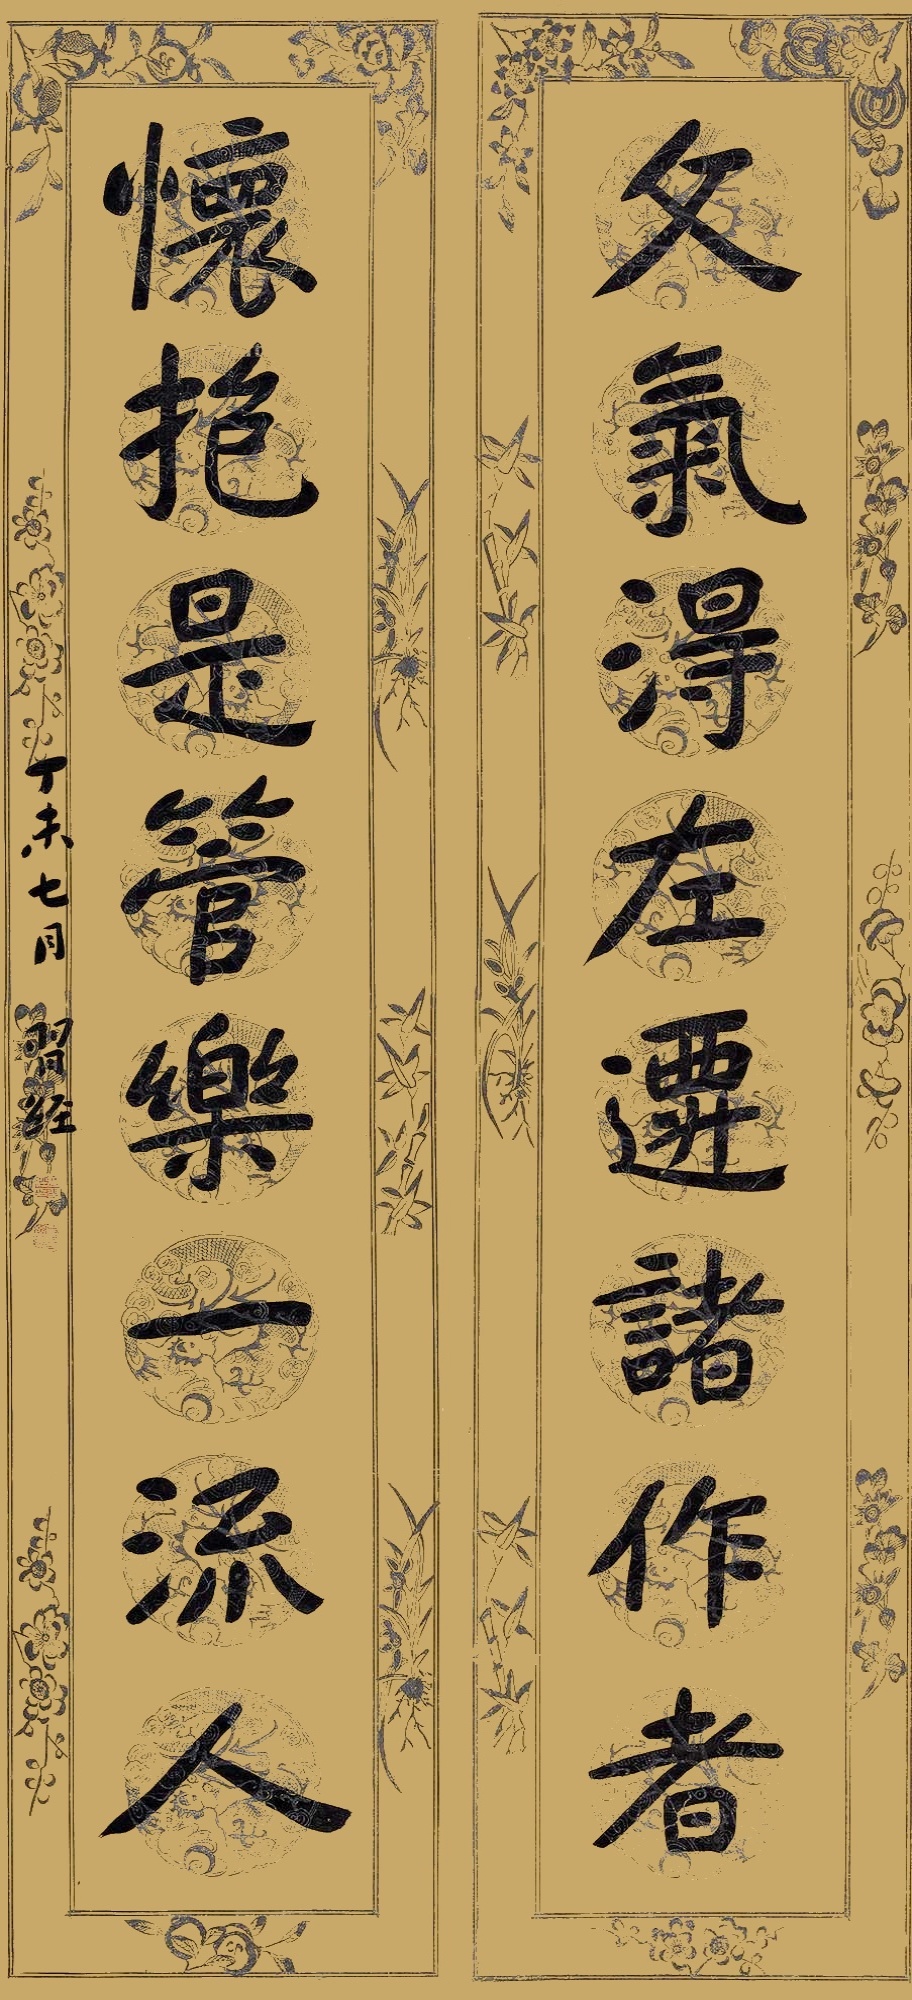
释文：文气得左迁诸作者，怀抱是管乐一流人。丁未七月，习经。